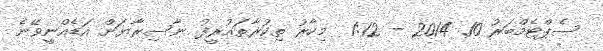
ސެޕްޓެމްބަރު 10